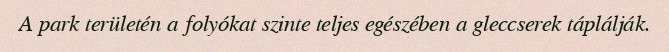
A park területén a folyókat szinte teljes egészében a gleccserek táplálják.